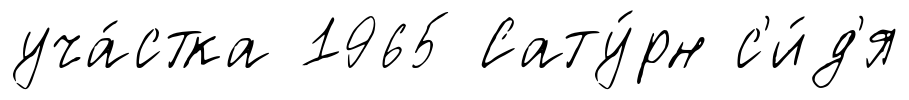
уча́стка 1965 Сату́рн с'и́д'я